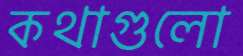
কথাগুলো